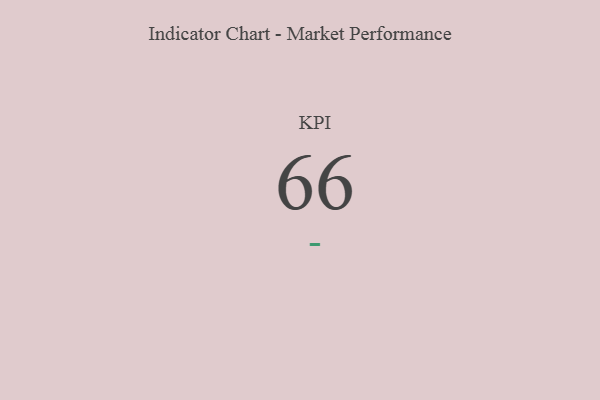
{"axis": {"x": "KPI", "y": "Value"}, "legend": [""], "data": [{"x": "KPI", "y": 66, "type": ""}]}